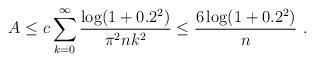
LaTeX: \begin{align*}A \leq c \sum_{k=0}^{\infty} \frac{\log(1+0.2^2)}{\pi^2 nk^2}\leq \frac{6\log(1+0.2^2)}{ n}\ .\end{align*}